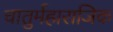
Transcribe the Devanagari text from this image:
चातुर्महाराजिक